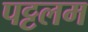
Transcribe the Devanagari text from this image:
पट्टलम